Civil Veterinary Department ledger series I-VI
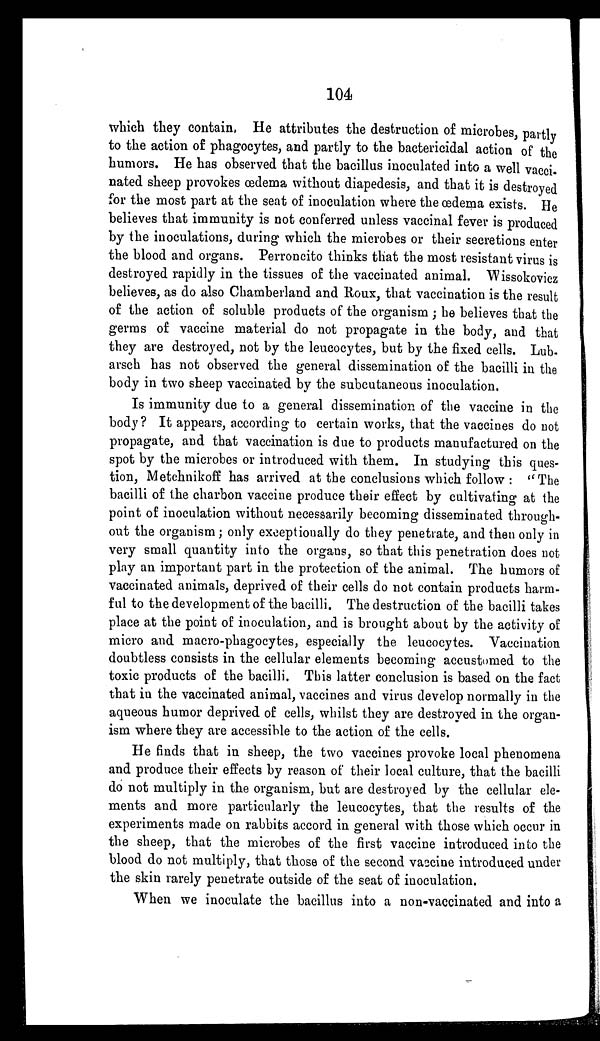
104
which they contain. He attributes the destruction of microbes, partly
to the action of phagocytes, and partly to the bactericidal action of the
humors. He has observed that the bacillus inoculated into a well vacci-
nated sheep provokes œdema without diapedesis, and that it is destroyed
for the most part at the seat of inoculation where the œdema exists. He
believes that immunity is not conferred unless vaccinal fever is produced
by the inoculations, during which the microbes or their secretions enter
the blood and organs. Perroncito thinks that the most resistant virus is
destroyed rapidly in the tissues of the vaccinated animal. Wissokovicz
believes, as do also Chamberland and Roux, that vaccination is the result
of the action of soluble products of the organism; he believes that the
germs of vaccine material do not propagate in the body, and that
they are destroyed, not by the leucocytes, but by the fixed cells. Lub-
arsch has not observed the general dissemination of the bacilli in the
body in two sheep vaccinated by the subcutaneous inoculation.
Is immunity due to a general dissemination of the vaccine in the
body? It appears, according to certain works, that the vaccines do not
propagate, and that vaccination is due to products manufactured on the
spot by the microbes or introduced with them. In studying this ques-
tion, Metchnikoff has arrived at the conclusions which follow: "The
bacilli of the charbon vaccine produce their effect by cultivating at the
point of inoculation without necessarily becoming disseminated through-
out the organism; only exceptionally do they penetrate, and then only in
very small quantity into the organs, so that this penetration does not
play an important part in the protection of the animal. The humors of
vaccinated animals, deprived of their cells do not contain products harm-
ful to the development of the bacilli. The destruction of the bacilli takes
place at the point of inoculation, and is brought about by the activity of
micro and macro-phagocytes, especially the leucocytes. Vaccination
doubtless consists in the cellular elements becoming accustomed to the
toxic products of the bacilli. This latter conclusion is based on the fact
that in the vaccinated animal, vaccines and virus develop normally in the
aqueous humor deprived of cells, whilst they are destroyed in the organ-
ism where they are accessible to the action of the cells.
He finds that in sheep, the two vaccines provoke local phenomena
and produce their effects by reason of their local culture, that the bacilli
do not multiply in the organism, but are destroyed by the cellular ele-
ments and more particularly the leucocytes, that the results of the
experiments made on rabbits accord in general with those which occur in
the sheep, that the microbes of the first vaccine introduced into the
blood do not multiply, that those of the second vaccine introduced under
the skin rarely penetrate outside of the seat of inoculation.
When we inoculate the bacillus into a non-vaccinated and into a